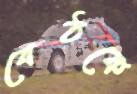
বেঠকে